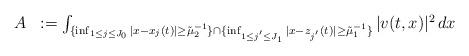
LaTeX: \begin{align*}\begin{array}{ll}A & := \int_{ \{ \inf_{1 \leq j \leq J_{0}} |x-x_{j}(t)| \geq \tilde{\mu}^{-1}_{2} \}\cap \{ \inf_{1 \leq j^{'} \leq J_{1}} |x-z_{j^{'}}(t)| \geq \tilde{\mu}^{-1}_{1} \} } |v(t,x)|^{2} \, dx\end{array}\end{align*}